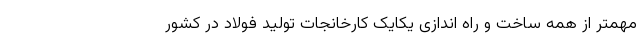
مهمتر از همه ساخت و راه اندازی یکایک کارخانجات تولید فولاد در کشور